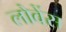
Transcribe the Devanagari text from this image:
लोवेंस